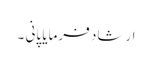
ارشاد فرمایا پانی ۔